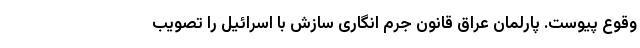
وقوع پیوست. پارلمان عراق قانون جرم انگاری سازش با اسرائیل را تصویب